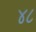
૪૮